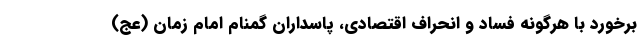
برخورد با هرگونه فساد و انحراف اقتصادی، پاسداران گمنام امام زمان (عج)